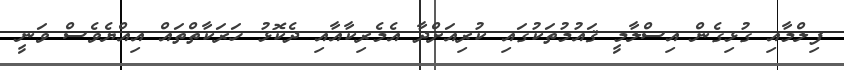
ފިލްމާއި ގުޅިގެން އިސްލާމީ ޤައުމުތަކުގައި ކުރިއަށްދާ އެމެރިކާއާއި ދެކޮޅު ހަރަކާތްތައް އިއްޔެވެސް ވަނީ